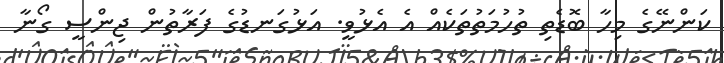
ކަންނޭގެ މިހާ ބޮޑެތި ތުހުމަތުތަކެއް އެ އެޅުވީ. އަޅުގަނޑުގެ ފަރާތުން ޖިންސީ ގޯނާ